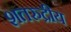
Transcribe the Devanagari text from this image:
शतरुद्रीय